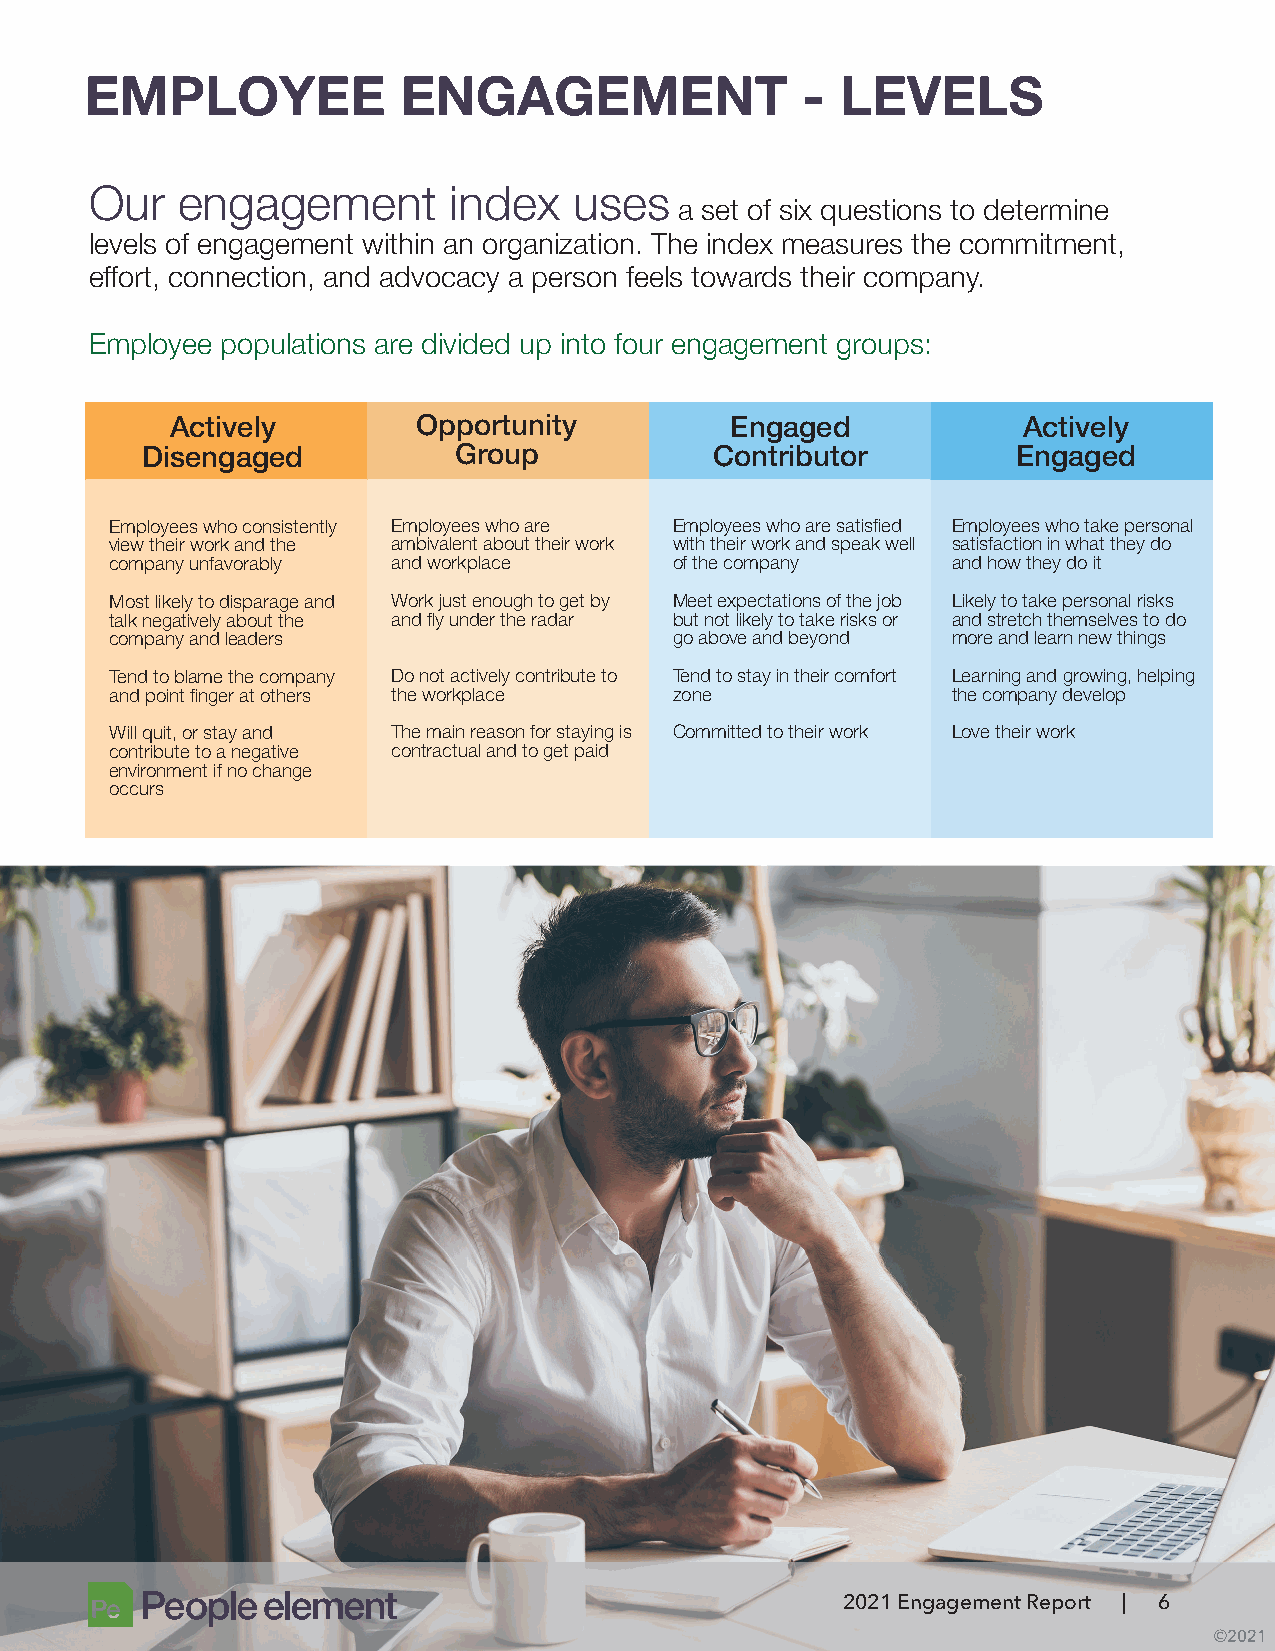
EMPLOYEE             ENGAGEMENT                -  LEVELS
 Our   engagement        index   uses
 a set of six questions to determine
 levels of engagement within an organization. The index measures the commitment,
 effort, connection, and advocacy a person feels towards their company.
 Employee populations are divided up into four engagement groups:
 Actively         Opportunity         Engaged             Actively
 Disengaged           Group            Contributor         Engaged
 Employees who consistently Employees who are Employees who are satisfied Employees who take personal
 view their work and the ambivalent about their work with their work and speak well satisfaction in what they do
 company unfavorably and workplace     of the company    and how they do it
 Most likely to disparage and Work just enough to get by Meet expectations of the job Likely to take personal risks
 talk negatively about the and fly under the radar but not likely to take risks or and stretch themselves to do
 company and leaders                   go above and beyond more and learn new things
 Tend to blame the company Do not actively contribute to Tend to stay in their comfort Learning and growing, helping
 and point finger at others the workplace zone           the company develop
 Will quit, or stay and The main reason for staying is Committed to their work Love their work
 contribute to a negative contractual and to get paid
 environment if no change
 occurs
 2021 Engagement Report | 6
 ©2021